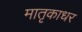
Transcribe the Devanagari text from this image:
मातृकाधर